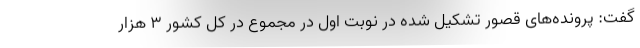
گفت: پرونده‌های قصور تشکیل شده در نوبت اول در مجموع در کل کشور ۳ هزار